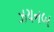
ઝયનબ